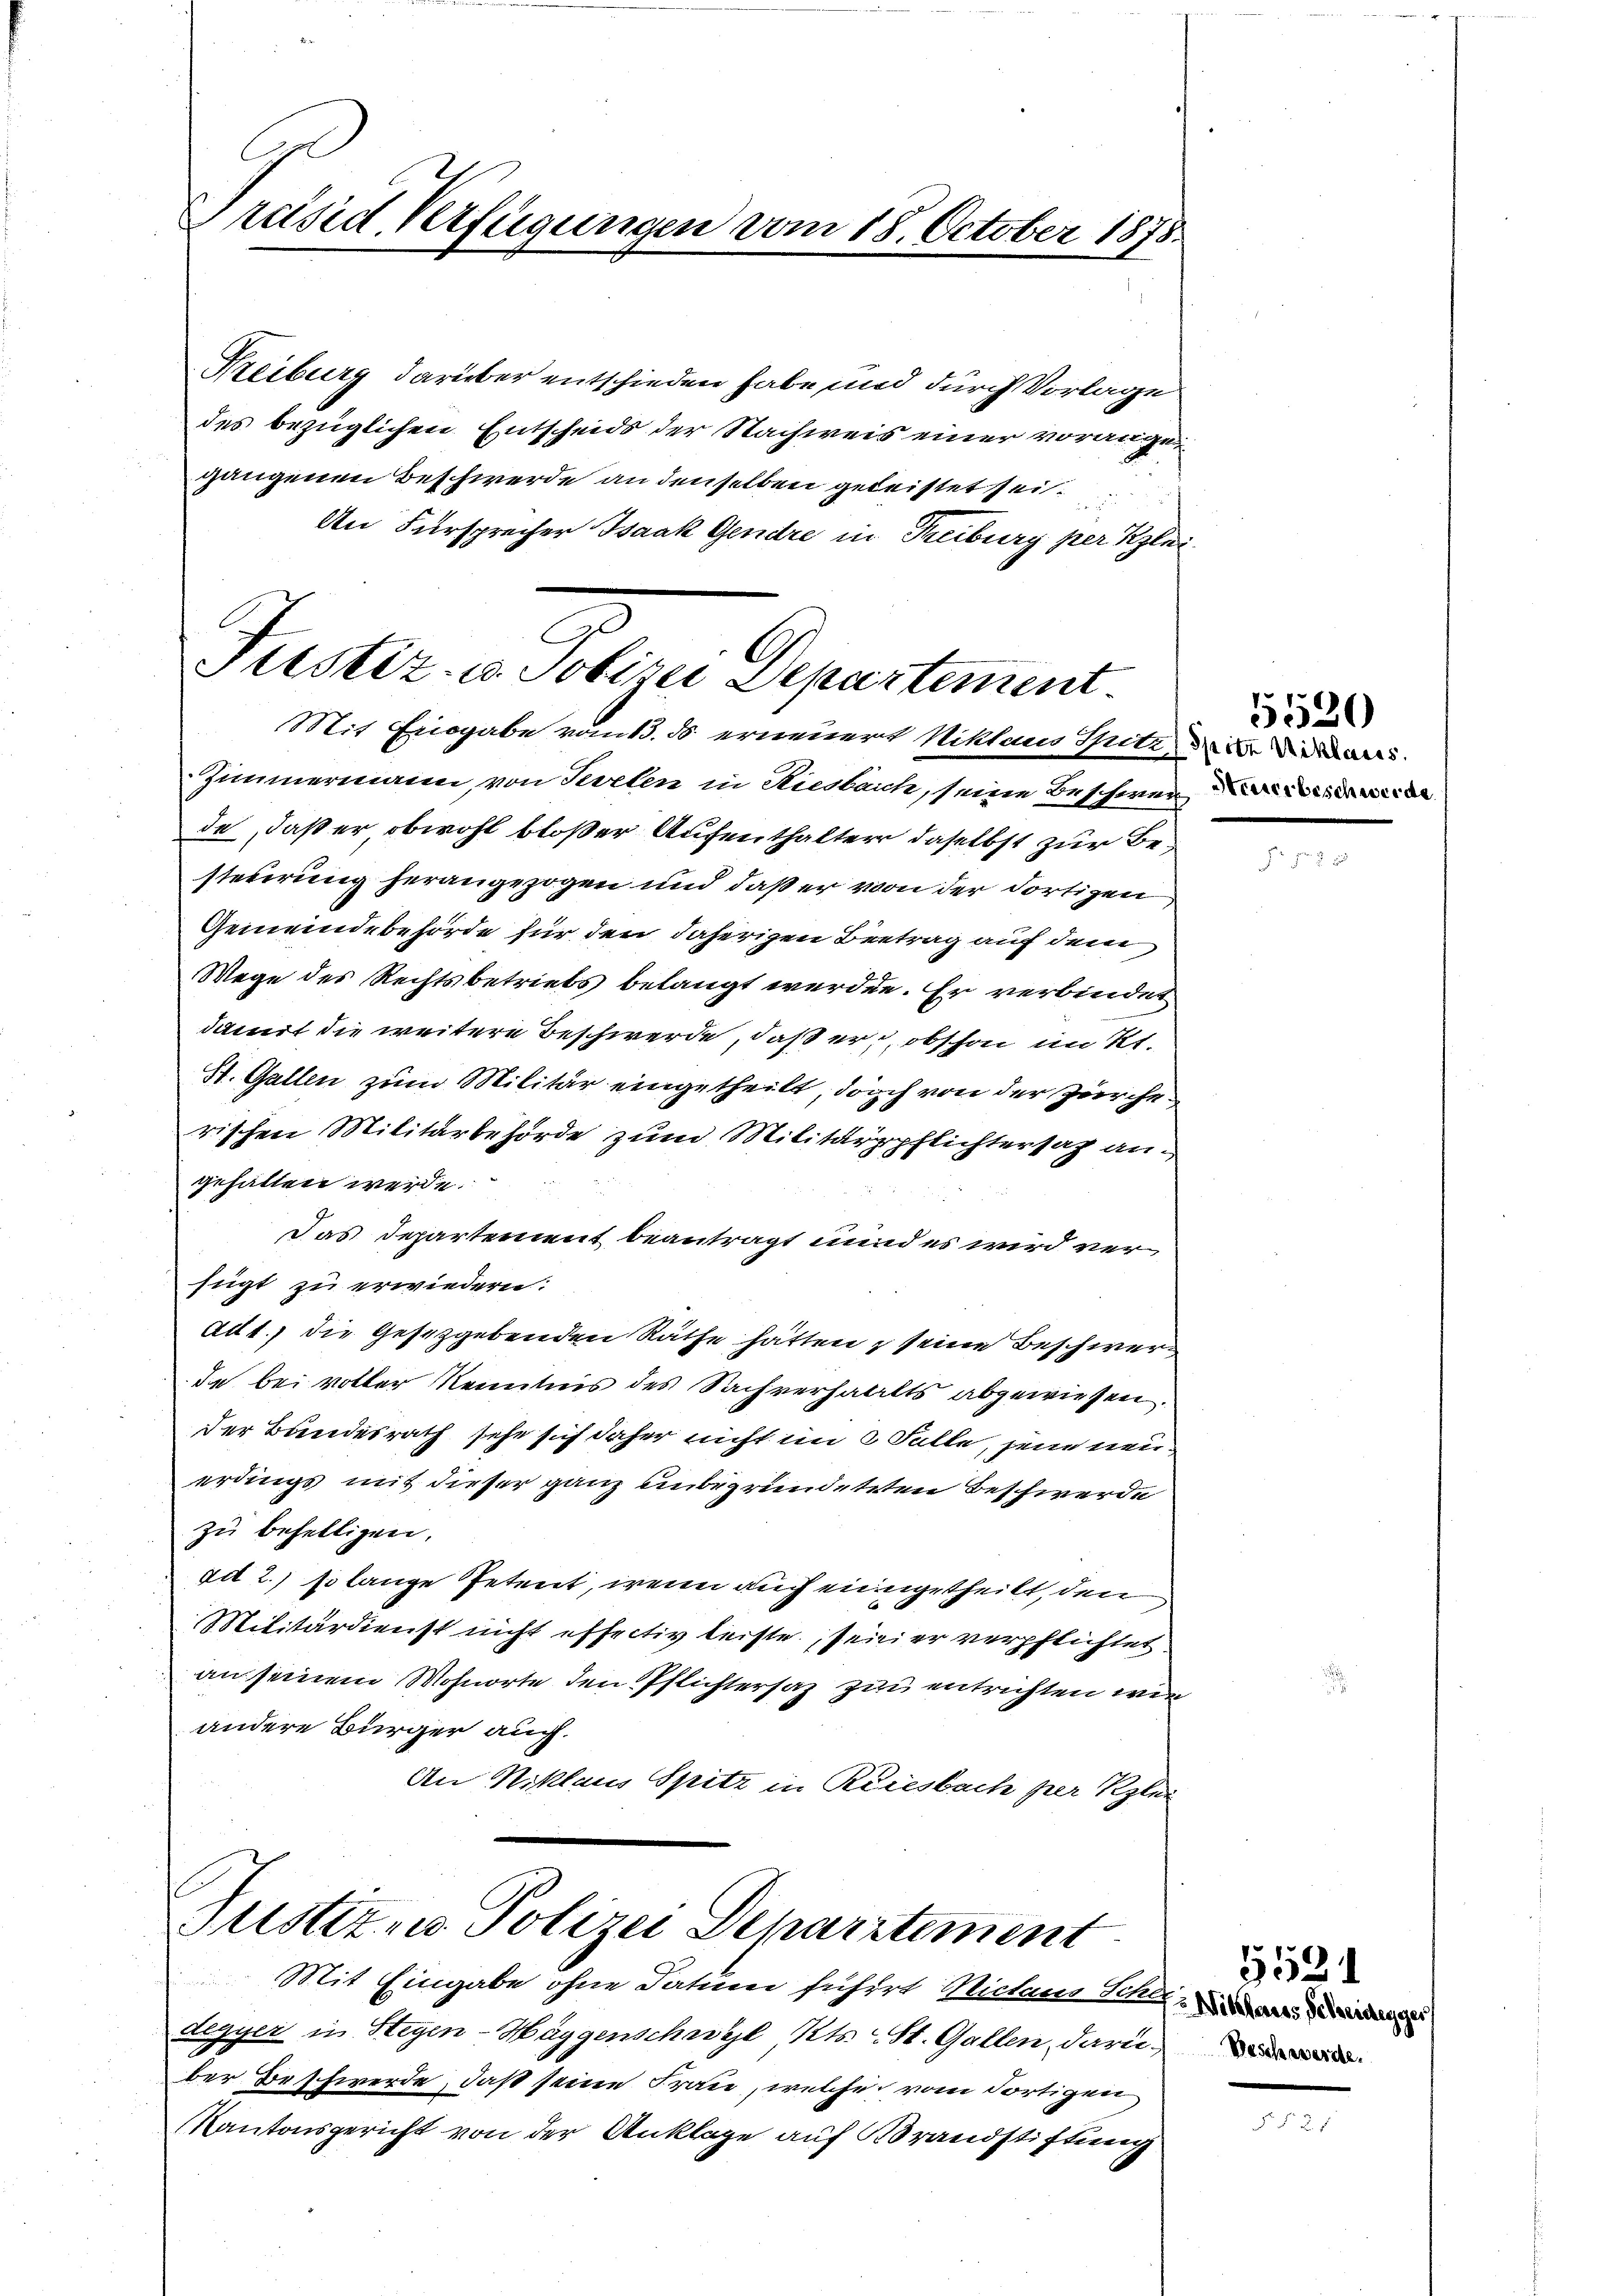
Präsid. Verfügungen vom 18. October 1878

Keiburg darüber entschieden habe und durch Vorlage
des bezüglichen Entscheids der Nachweis einer vorangegangenen Beschwerde an denselben geleistet sei.
An Fürsprecher Isaak Gendre in Treiburg per Klei

Justiz- u. Jolizei Departement.
Mit Eingabe vom 13. ds. erneuert Niklaus Sitz, da der Vicars.

Zimmermann, von Sevelen in Stiesbach, seine Beschwer erbeser werde
de, daß er, obwohl bloßer Aufenthalter daselbst zur Besteuerung herangezogen und daß er von der dortigen
Gemeindebehörde für den daherigen Betrag auf dem
Wege des Rechtsbetriebs belangt werden. Er verbindet
damit die weitere Beschwerde, daß er, obschon im Kt.
St. Gallen zum Militär eingetheilt, durch von der Zürcherischen Militärbehörde zum Militärpflichtersah angehalten werde.
Das Departement beantragt unnd es wird verfügt zu erwiedern:
ad 1., die Gesetzgebenden Räthe hätten seine Beschwer
de bei voller Kenntnis des Sachverhallts abgewiesen.
der Bundesrath sehe sich daher nicht im 3 Falle, jene neuerdings mit dieser ganz unbegründeteten Beschwerde
zu behelligen.
ad 2.) so lange Petent, wenn auch eingetheilt, den
Militärdienst nicht effectiv leiste, seiner verpflichtet
an seinem Wohnorte den Pflichtersaz zu entrichten wir
andere Bürger auch.
An Niklaus Spitz in Riesbach per Klei
Justiz- u Polizei Departement
Mit Eingabe ohne dation suchirt Michaus Scher, die der Verge
degyer in Stegen-Häggenschwyl Kts. St. Gallen, daru
ber Beschwerde, daß seine Frau, welche vom Fortigen
Kantonsgericht von der Anklage auf Brandstiftung

5530

5521